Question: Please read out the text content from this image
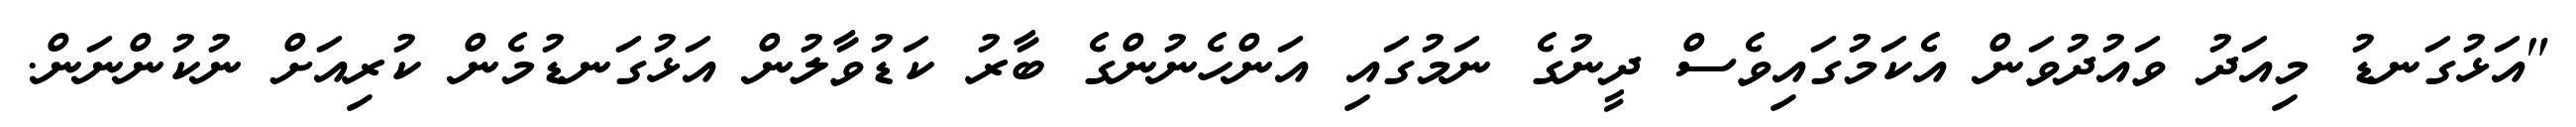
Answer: "އަޅުގަނޑު މިއަދު ވައުދުވަން އެކަމުގައިވެސް ދީނުގެ ނަމުގައި އަންހެނުންގެ ބާރު ކަޑުވާލުން އަޅުގަނޑުމެން ކުރިއަށް ނުކުންނަން.